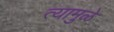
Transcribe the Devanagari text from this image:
त्यामुुळे